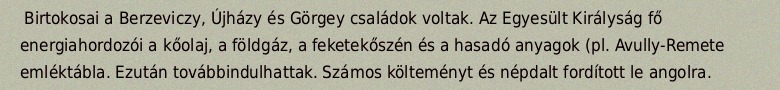
Birtokosai a Berzeviczy, Újházy és Görgey családok voltak. Az Egyesült Királyság fő energiahordozói a kőolaj, a földgáz, a feketekőszén és a hasadó anyagok (pl. Avully-Remete emléktábla. Ezután továbbindulhattak. Számos költeményt és népdalt fordított le angolra.